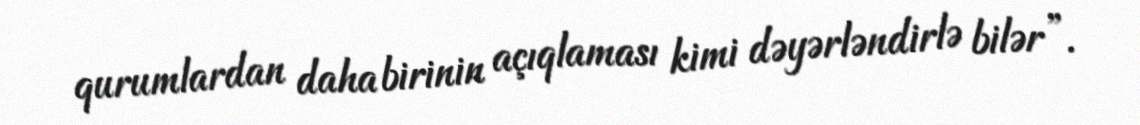
qurumlardan daha birinin açıqlaması kimi dəyərləndirlə bilər”.